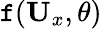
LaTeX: \mathtt{f}(\mathbf{{U}}_{x},\theta)